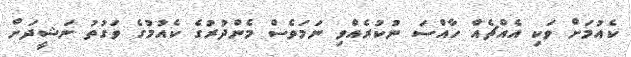
ކެއުމަށް ވަކި އެއްޗެއް ހާއްސަ ނުކުރެއްވި ނަމަވެސް މެންދުރުގެ ކެއުމުގެ ވަގުތު ނަޝީދަށް